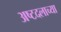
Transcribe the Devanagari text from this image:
अष्टदलाच्या